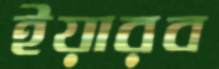
ইয়ারব